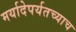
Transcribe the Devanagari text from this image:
मर्यादेपर्यतच्याच